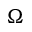
\Omega